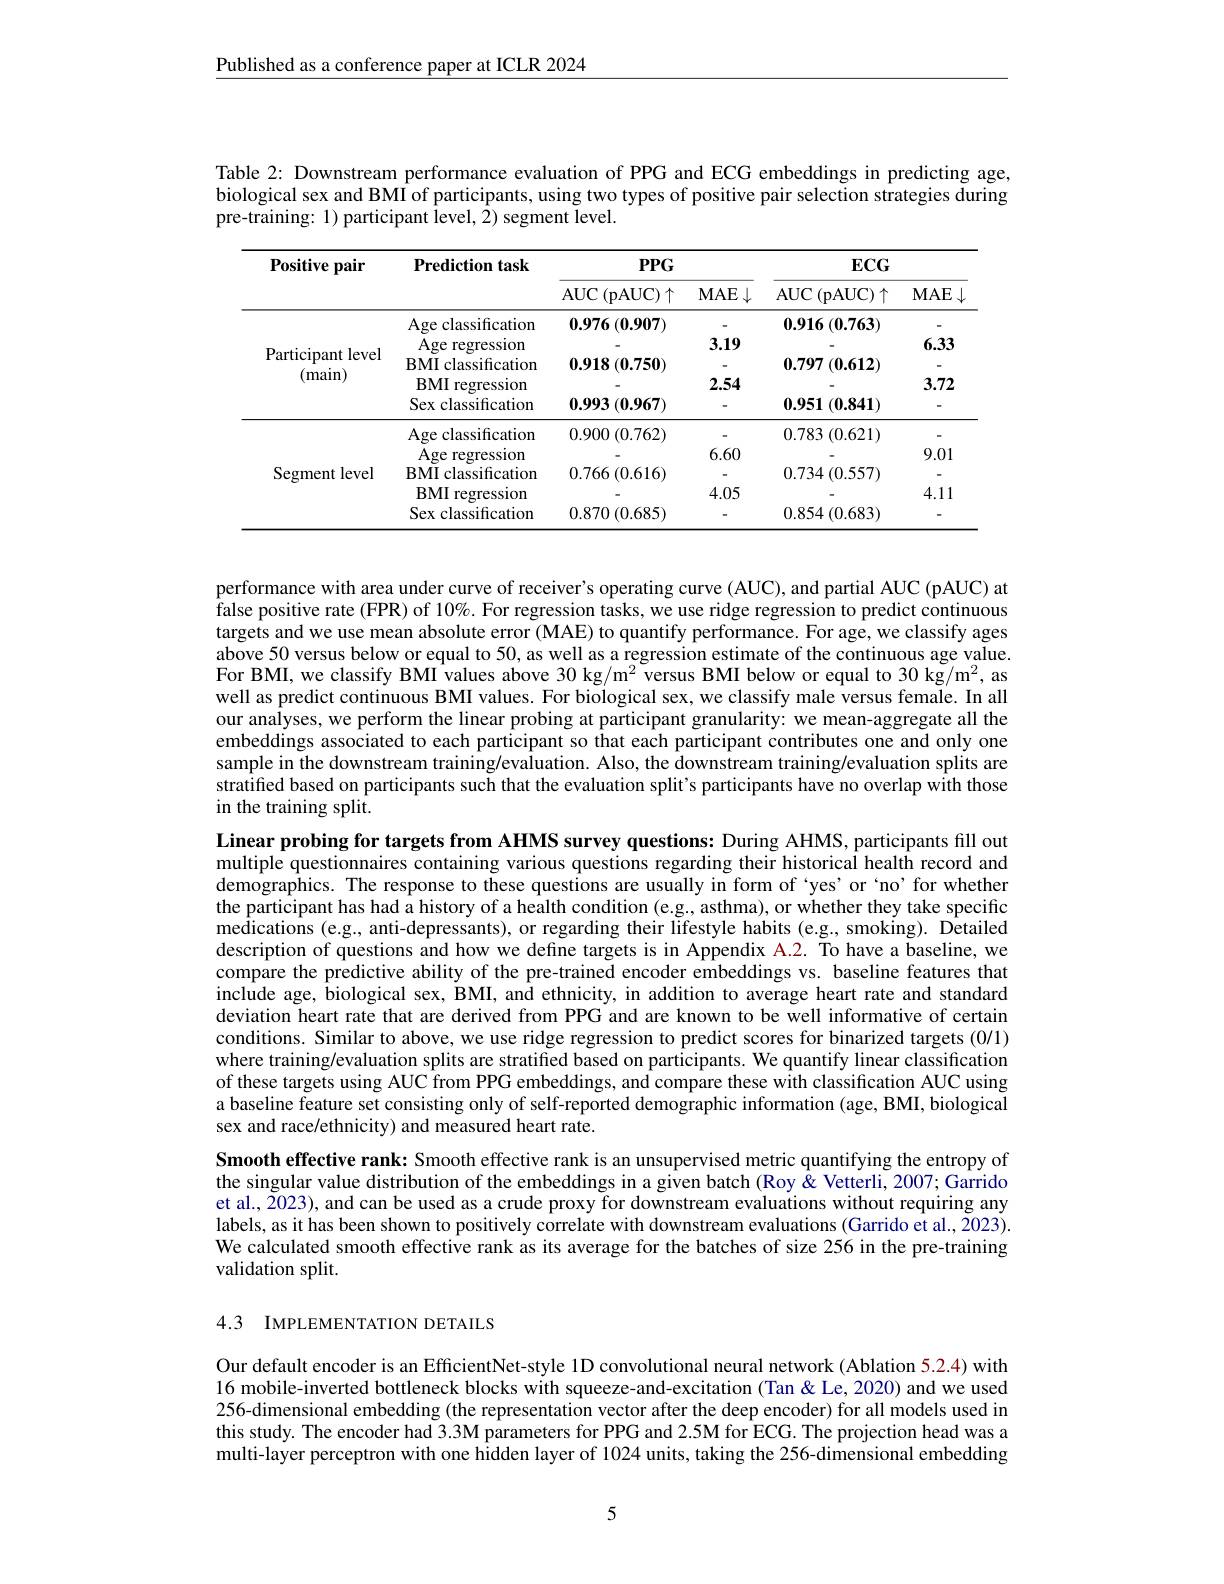
Published as a conference paper at ICLR 2024

Table 2: Downstream performance evaluation of PPG and ECG embeddings in predicting age, biological sex and BMI of participants, using two types of positive pair selection strategies during pre-training: 1) participant level, 2) segment level.

<table>
	<tbody>
		<tr>
			<th rowspan="2">Positive pair</th>
			<th rowspan="2">Prediction task</th>
			<th colspan="2">$PPG$</th>
			<th colspan="2">$ECG$</th>
		</tr>
		<tr>
			<th>$AUC$ $\mathcal{C}($pAUC$)\uparrow$</th>
			<th>$MAE\downarrow$</th>
			<th>$AUC$ (pAUC$)\uparrow$ 111</th>
			<th>$MAE$</th>
		</tr>
		<tr>
			<td rowspan="1">Participant level (main)</td>
			<td>Sex classification</td>
			<td>0.993 (0.967)</td>
			<td> </td>
			<td>0.951 (0.841) 11 </td>
			<td> </td>
		</tr>
		<tr>
			<td rowspan="3">Segment level</td>
			<td>A $\sigma$e classificatior</td>
			<td>0.900.767</td>
			<td>-</td>
			<td>0783/0 271</td>
			<td>-</td>
		</tr>
		<tr>
			<td>Aae reoressiom</td>
			<td> </td>
			<td>60 h</td>
			<td> </td>
			<td>9. 1.01 1</td>
		</tr>
		<tr>
			<td>Sex classification</td>
			<td>$0.870\left(0.685\right)$</td>
			<td> </td>
			<td>$0.854\left(0.683\right)$</td>
			<td>-</td>
		</tr>
	</tbody>
</table>

performance with area under curve of receiver's operating curve (AUC), and partial AUC (pAUC) at false positive rate (FPR) of 10%. For regression tasks, we use ridge regression to predict continuous targets and we use mean absolute error (MAE) to quantify performance. For age, we classify ages above 50 versus below or equal to 50, as well as a regression estimate of the continuous age value. For BMI, we classify BMI values above 30 kg/m$^2$ versus BMI below or equal to 30 kg/m$^2$, as well as predict continuous BMI values. For biological sex, we classify male versus female. In all our analyses, we perform the linear probing at participant granularity: we mean-aggregate all the embeddings associated to each participant so that each participant contributes one and only one sample in the downstream training/evaluation. Also, the downstream training/evaluation splits are stratified based on participants such that the evaluation split's participants have no overlap with those in the training split.

Linear probing for targets from AHMS survey questions: During AHMS, participants fill out multiple questionnaires containing various questions regarding their historical health record and demographics. The response to these questions are usually in form of 'yes'or`no'for whether the participant has had a history of a health condition (e.g., asthma), or whether they take specific medications (e.g., anti-depressants), or regarding their lifestyle habits (e.g., smoking). Detailed description of questions and how we define targets is in Appendix A.2. To have a baseline, we compare the predictive ability of the pre-trained encoder embeddings vs. baseline features that include age, biological sex, BMI, and ethnicity, in addition to average heart rate and standard deviation heart rate that are derived from PPG and are known to be well informative of certain conditions. Similar to above, we use ridge regression to predict scores for binarized targets (0/1) where training/evaluation splits are stratified based on participants. We quantify linear classification of these targets using AUC from PPG embeddings, and compare these with classification AUC using a baseline feature set consisting only of self-reported demographic information (age, BMI, biological sex and race/ethnicity) and measured heart rate.

Smooth effective rank: Smooth effective rank is an unsupervised metric quantifying the entropy of the singular value distribution of the embeddings in a given batch (Roy $\hat{\&}$ Vetterli, 2007; Garrido et al., 2023), and can be used as a crude proxy for downstream evaluations without requiring any labels, as it has been shown to positively correlate with downstream evaluations (Garrido et al., 2023). We calculated smooth effective rank as its average for the batches of size 256 in the pre-training validation split.

4.3 IMPLEMENTATION DETAILS

Our default encoder is an EfficientNet-style 1D convolutional neural network (Ablation 5.2.4) with 16 mobile-inverted bottleneck blocks with squeeze-and-excitation (Tan&Le,2020) and we used 256-dimensional embedding (the representation vector after the deep encoder) for all models used in this study. The encoder had 3.3M parameters for PPG and 2.5M for ECG. The projection head was a multi-layer perceptron with one hidden layer of 1024 units, taking the 256-dimensional embedding

5